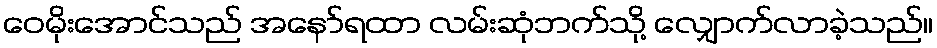
ဝေမိုးအောင်သည် အနော်ရထာ လမ်းဆုံဘက်သို့ လျှောက်လာခဲ့သည်။